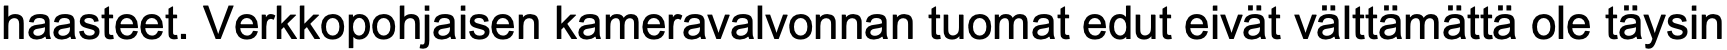
haasteet. Verkkopohjaisen kameravalvonnan tuomat edut eivät välttämättä ole täysin